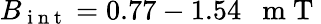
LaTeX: B_{\mathrm{~i~n~t~}}=0.77-1.54\mathrm{~~~m~T~}